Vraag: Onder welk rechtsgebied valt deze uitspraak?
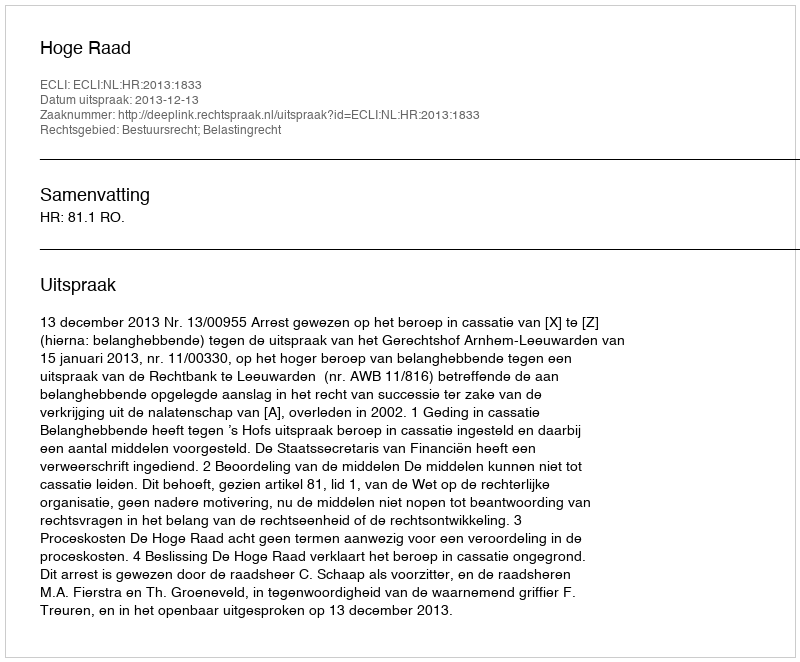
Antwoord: Bestuursrecht; Belastingrecht